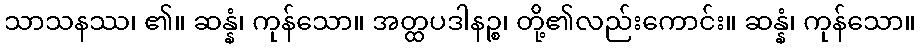
သာသနဿ၊ ၏။ ဆန္နံ၊ ကုန်သော။ အတ္ထပဒါနဉ္စ၊ တို့၏လည်းကောင်း။ ဆန္နံ၊ ကုန်သော။